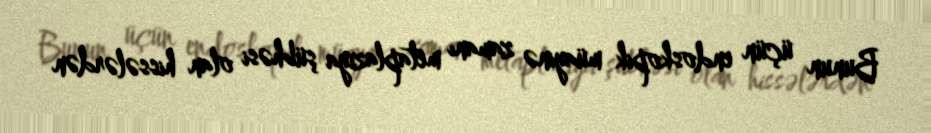
Bunun üçün endoskopik müayinə zamanı metaplaziya şübhəsi olan hissələrdən